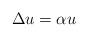
LaTeX: \begin{align*}\Delta u = \alpha u\end{align*}